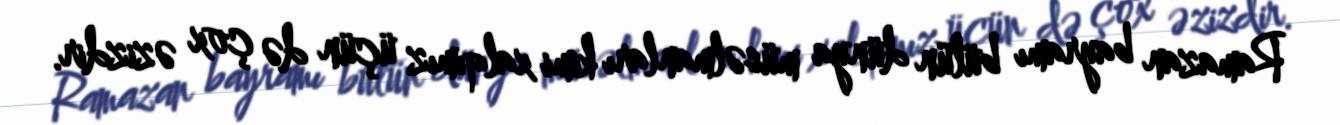
Ramazan bayramı bütün dünya müsəlmanları kimi xalqımız üçün də çox əzizdir.